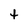
Character: t